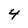
Character: 4